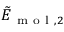
\tilde { E } _ { \mathrm { ~ m ~ o ~ l ~ } , 2 }